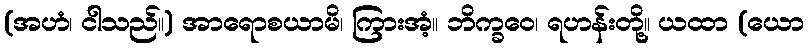
(အဟံ၊ ငါသည်။) အာရောစယာမိ၊ ကြားအံ့။ ဘိက္ခဝေ၊ ရဟန်းတို့။ ယထာ (ယော